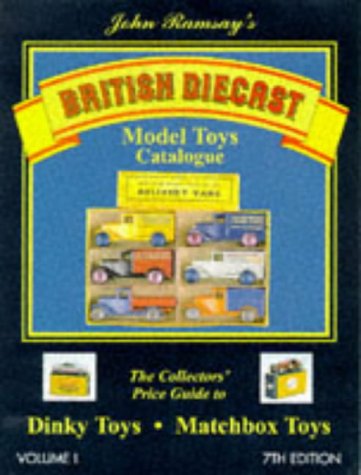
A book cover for British Diecast Model Toys Catalogue: Dinky Toys and Matchbox Toys v. 1; Crafts, Hobbies & Home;